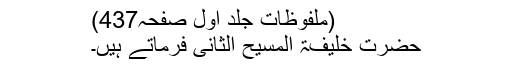
(ملفوظات جلد اوّل صفحہ437)
حضرت خلیفۃ المسیح الثانیؓ فرماتے ہیں۔